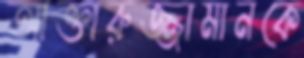
আক্তারুজ্জামানকে